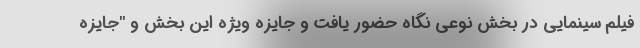
فیلم سینمایی در بخش نوعی نگاه حضور یافت و جایزه ویژه این بخش و "جایزه